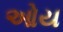
ઓય